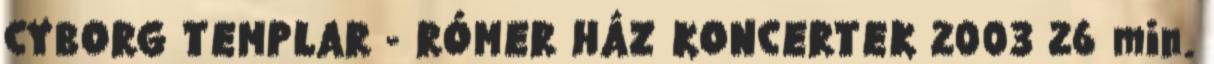
CYBORG TEMPLAR - RÓMER HÁZ KONCERTEK 2003 26 min.